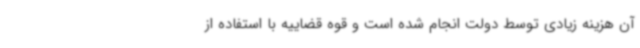
آن هزینه زیادی توسط دولت انجام شده است و قوه قضاییه با استفاده از